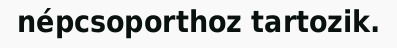
népcsoporthoz tartozik.